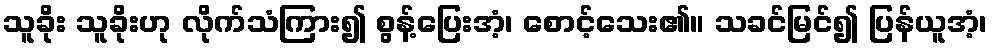
သူခိုး သူခိုးဟု လိုက်သံကြား၍ စွန့်ပြေးအံ့၊ စောင့်သေး၏။ သခင်မြင်၍ ပြန်ယူအံ့၊